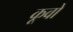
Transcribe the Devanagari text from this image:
कूवो